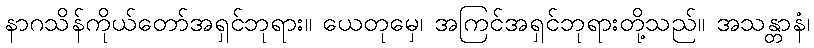
နာဂသိန်ကိုယ်တော်အရှင်ဘုရား။ ယေတုမှေ၊ အကြင်အရှင်ဘုရားတို့သည်။ အသန္တာနံ၊